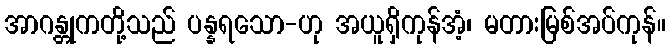
အာဂန္တုကတို့သည် ပန္နရသော-ဟု အယူရှိကုန်အံ့၊ မတားမြစ်အပ်ကုန်။